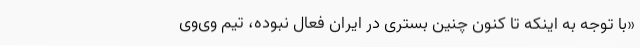
«با توجه به اینکه تا کنون چنین بستری در ایران فعال نبوده، تیم وی‌وی